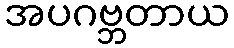
အပဂဗ္ဘတာယ